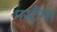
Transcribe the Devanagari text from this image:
मस्टैंग्स